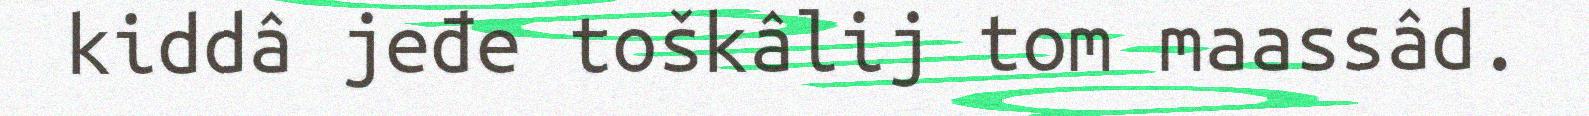
kiddâ jeđe toškâlij tom maassâd.